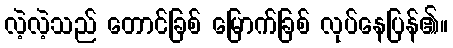
လဲ့လဲ့သည် တောင်ခြစ် မြောက်ခြစ် လုပ်နေပြန်၏။